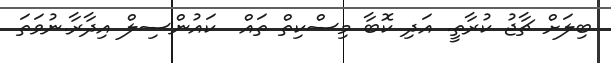
ބިލަށް ޗާޖު ކުރާތީ. އަދި ކޮބާ މިސްކިތް ތައް  ކައުންސިލް އިދާރާ.ނުވަތަ